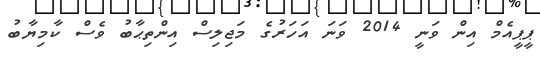
ޕީޕީއެމް އިން ވަނީ 2014 ވަނަ އަހަރުގެ މަޖިލިސް އިންތިޙާބު ވެސް ކާމިޔާބު